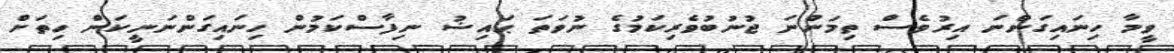
ވީމާ ހިނައިގަންނަ އިރުވެސް ތިމަންނަ ޖުނުބުވެރިކަމުގެ ނުވަތަ ޙައިޟު ނިފާސްކަމުން ހިނައިގަންނަނީކަން ހިތަށް